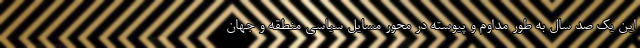
این یک صد سال به طور مداوم و پیوسته در محور مسایل سیاسی منطقه و جهان